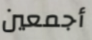
أجمعين